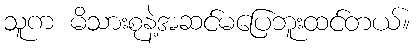
သူက မိသားစုနဲ့အဆင်မပြေဘူးထင်တယ်။